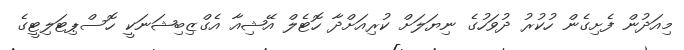
މިއަދުން ފެށިގެން ހުކުރު ދުވަހުގެ ނިޔަލަށް ކުރިއަށްދާ ހޮޓެލް އޭޝިއާ އެގްޒިބިޝަނަކީ ހޮސްޕިޓަލިޓީގެ